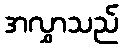
အလွှာသည်